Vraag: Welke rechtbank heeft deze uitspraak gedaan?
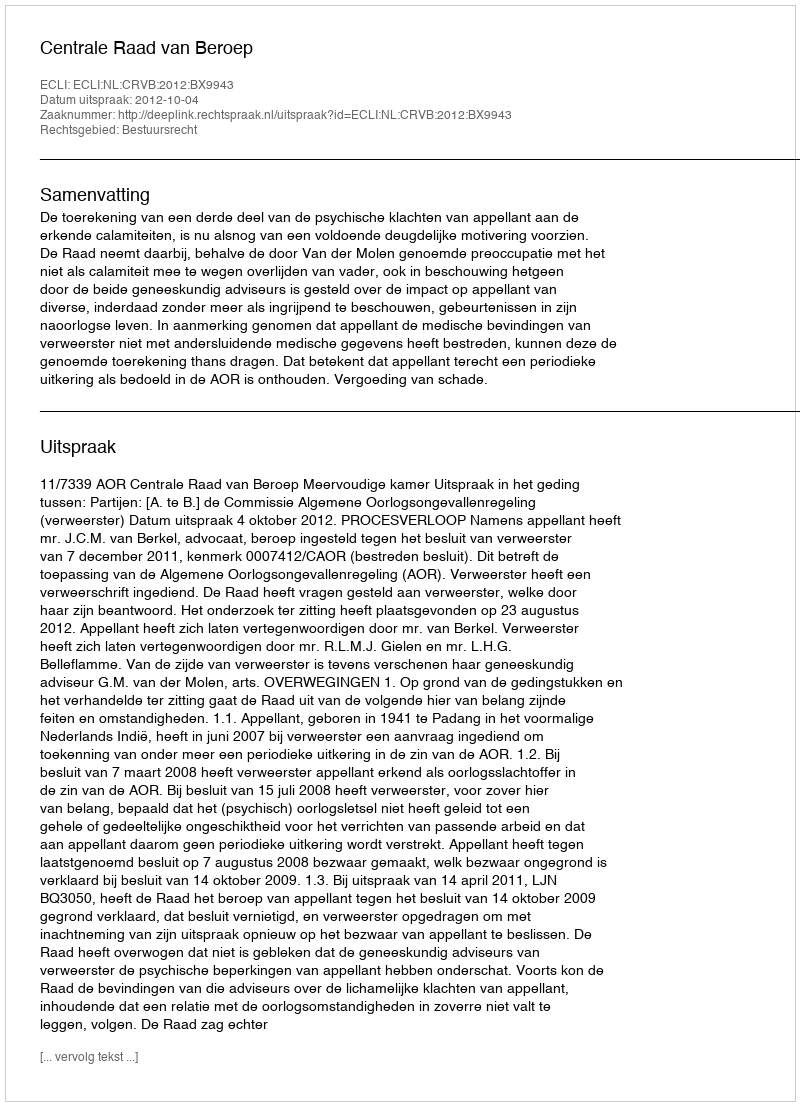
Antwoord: Centrale Raad van Beroep